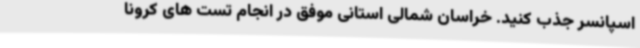
اسپانسر جذب کنید. خراسان شمالی استانی موفق در انجام تست های کرونا